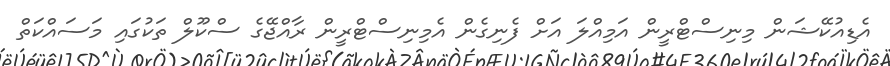
އެޑިއުކޭޝަން މިނިސްޓްރީން އަމިއްލަ އަށް ފެނިގެން އެމިނިސްޓްރީން ރާއްޖޭގެ ސްކޫލް ތަކުގައި މަސައްކަތް